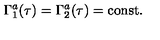
\Gamma _ { 1 } ^ { a } ( \tau ) = \Gamma _ { 2 } ^ { a } ( \tau ) = \mathrm { c o n s t } .